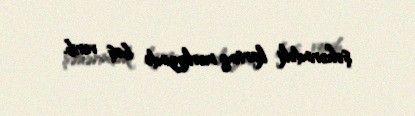
şəhərindəki kartinq mərkəzində baş verib.